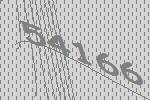
54166